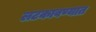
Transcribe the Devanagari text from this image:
लटकावण्यात